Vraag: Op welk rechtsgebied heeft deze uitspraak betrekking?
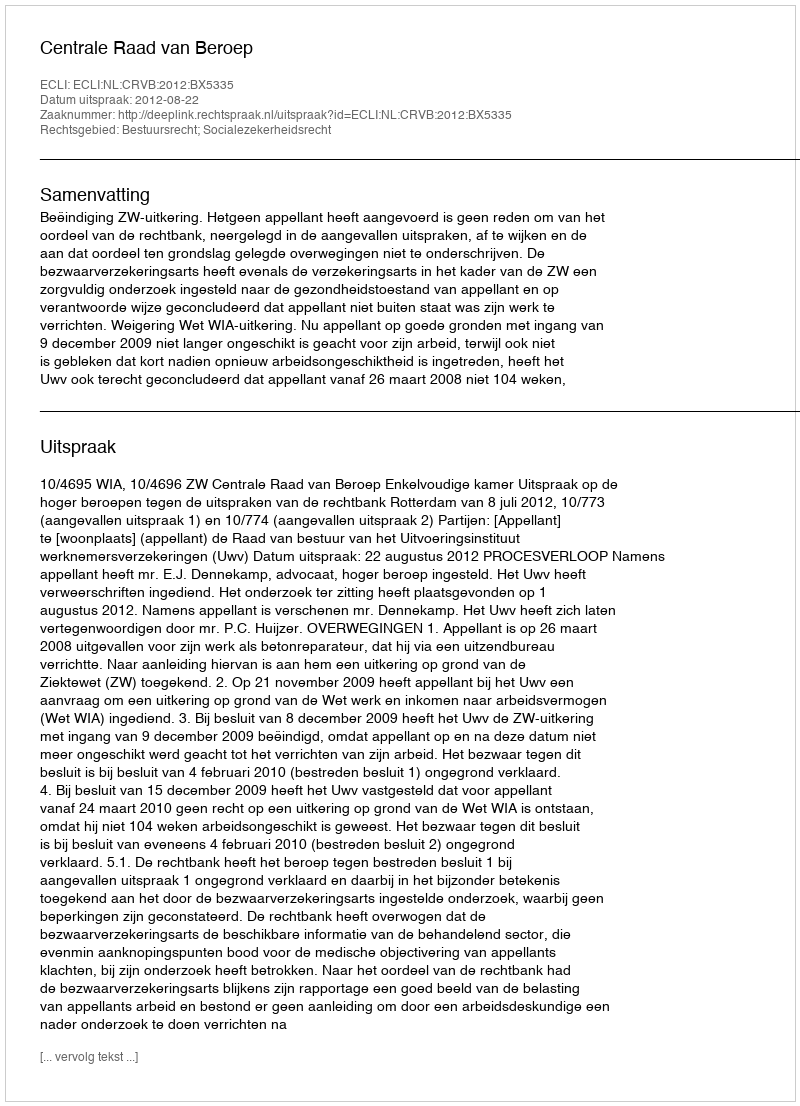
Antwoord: Bestuursrecht; Socialezekerheidsrecht